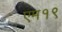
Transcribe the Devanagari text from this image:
एम१९